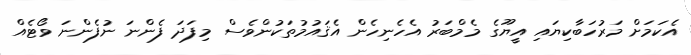
އެކަމަށް މަރުހަބާކިޔައި އީޔޫގެ މެމްބަރު އެހެނިހެން އެޤައުމުތަކުންވެސް މިފަދަ ފެންނަ ނުފެންނަ ވޯޓެއް